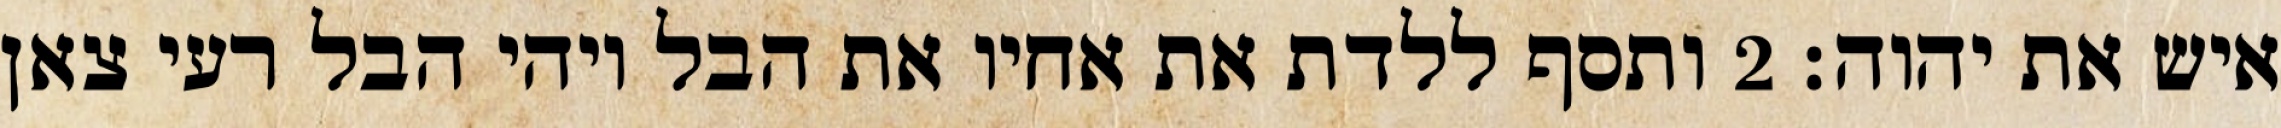
איש את יהוה׃ ‎2‏ ותסף ללדת את אחיו את הבל ויהי הבל רעי צאן